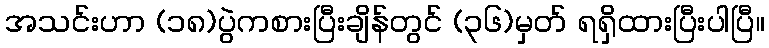
အသင်းဟာ (၁၈)ပွဲကစားပြီးချိန်တွင် (၃၆)မှတ် ရရှိထားပြီးပါပြီ။